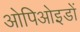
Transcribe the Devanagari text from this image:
ओपिओइडों